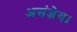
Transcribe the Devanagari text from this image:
असंज्ञेय।